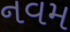
નવમ